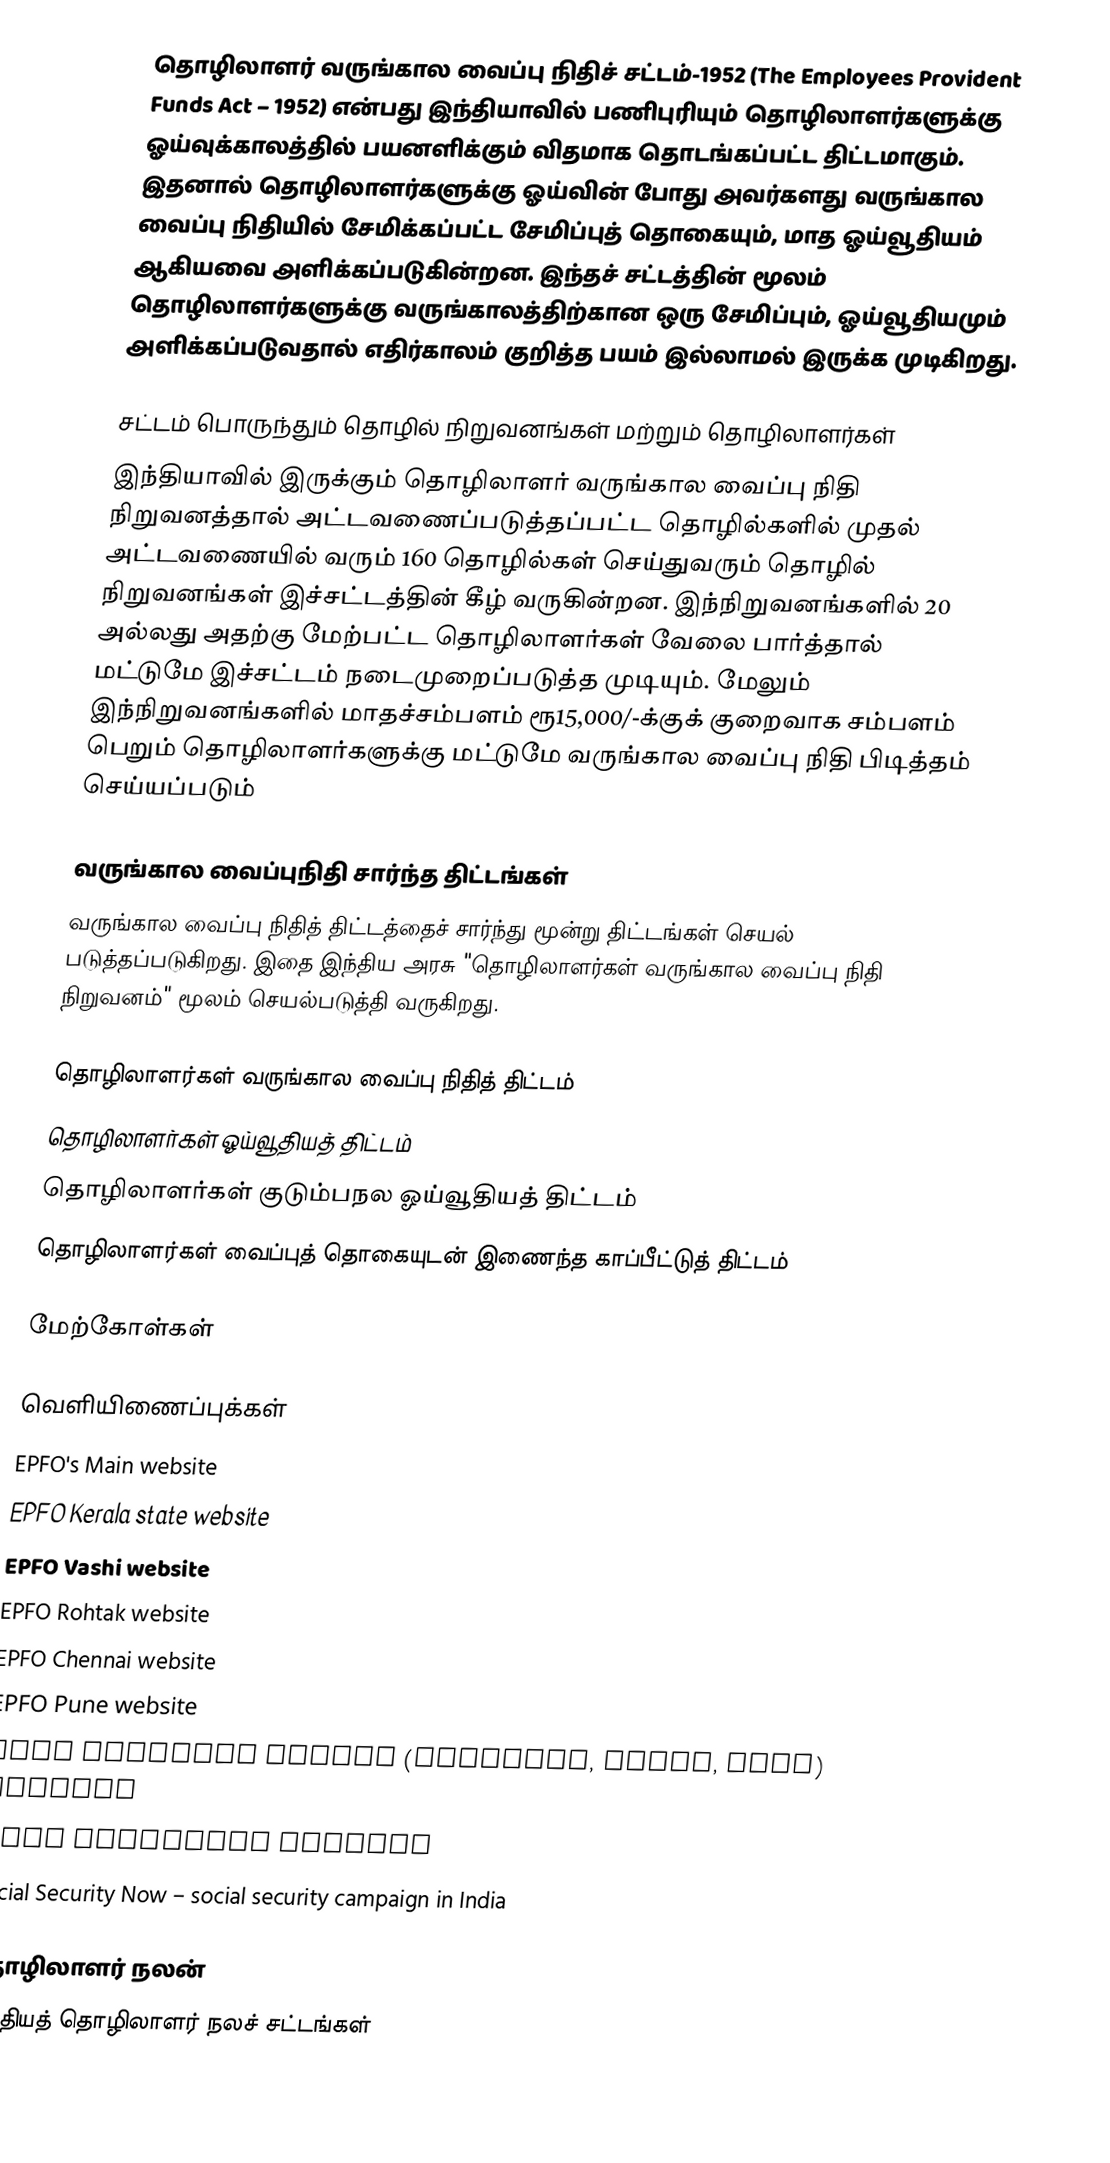
தொழிலாளர் வருங்கால வைப்பு நிதிச் சட்டம்-1952 (The Employees Provident Funds Act – 1952) என்பது இந்தியாவில் பணிபுரியும் தொழிலாளர்களுக்கு ஓய்வுக்காலத்தில் பயனளிக்கும் விதமாக தொடங்கப்பட்ட திட்டமாகும். இதனால்  தொழிலாளர்களுக்கு ஓய்வின் போது அவர்களது வருங்கால வைப்பு நிதியில் சேமிக்கப்பட்ட சேமிப்புத் தொகையும், மாத ஓய்வூதியம் ஆகியவை அளிக்கப்படுகின்றன. இந்தச் சட்டத்தின் மூலம் தொழிலாளர்களுக்கு வருங்காலத்திற்கான ஒரு சேமிப்பும், ஓய்வூதியமும் அளிக்கப்படுவதால் எதிர்காலம் குறித்த பயம் இல்லாமல் இருக்க முடிகிறது.

சட்டம் பொருந்தும் தொழில் நிறுவனங்கள் மற்றும் தொழிலாளர்கள்
இந்தியாவில் இருக்கும் தொழிலாளர் வருங்கால வைப்பு நிதி நிறுவனத்தால் அட்டவணைப்படுத்தப்பட்ட தொழில்களில் முதல் அட்டவணையில் வரும் 160 தொழில்கள் செய்துவரும் தொழில் நிறுவனங்கள் இச்சட்டத்தின் கீழ் வருகின்றன. இந்நிறுவனங்களில் 20 அல்லது அதற்கு மேற்பட்ட தொழிலாளர்கள் வேலை பார்த்தால் மட்டுமே இச்சட்டம் நடைமுறைப்படுத்த முடியும். மேலும் இந்நிறுவனங்களில் மாதச்சம்பளம் ரூ15,000/-க்குக் குறைவாக சம்பளம் பெறும் தொழிலாளர்களுக்கு மட்டுமே வருங்கால வைப்பு நிதி பிடித்தம் செய்யப்படும்

வருங்கால வைப்புநிதி சார்ந்த திட்டங்கள்
வருங்கால வைப்பு நிதித் திட்டத்தைச் சார்ந்து மூன்று திட்டங்கள் செயல் படுத்தப்படுகிறது. இதை இந்திய அரசு "தொழிலாளர்கள் வருங்கால வைப்பு நிதி நிறுவனம்" மூலம் செயல்படுத்தி வருகிறது.

 தொழிலாளர்கள் வருங்கால வைப்பு நிதித் திட்டம்
 தொழிலாளர்கள் ஓய்வூதியத் திட்டம்
 தொழிலாளர்கள் குடும்பநல ஓய்வூதியத் திட்டம்
 தொழிலாளர்கள் வைப்புத் தொகையுடன் இணைந்த காப்பீட்டுத் திட்டம்

மேற்கோள்கள்

வெளியிணைப்புக்கள்
 EPFO's Main website
 EPFO Kerala state website
 EPFO Vashi website
 EPFO Rohtak website
 EPFO Chennai website
 EPFO Pune website
 EPFO Vadodara Region (Vadodara, Surat, Vapi) website
 EPFO Ahmedabad website
 Social Security Now – social security campaign in India

தொழிலாளர் நலன்
இந்தியத் தொழிலாளர் நலச் சட்டங்கள்